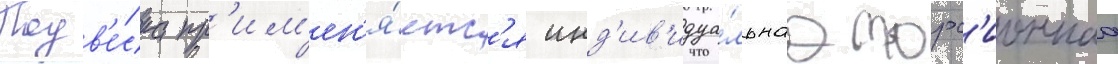
Подв'е́ска пр'им'ен'я́етс'я инд'ив'идуа́льнаа торс'ионнаа